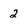
Character: 2